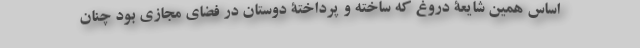
اساس همین شایعۀ دروغ که ساخته و پرداختۀ دوستان در فضای مجازی بود چنان